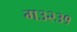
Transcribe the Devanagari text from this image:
ग३२३१